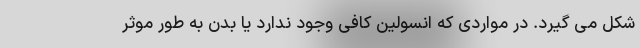
شکل می گیرد. در مواردی که انسولین کافی وجود ندارد یا بدن به طور موثر